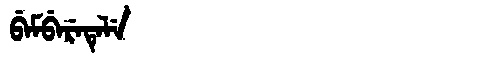
Manchu: ᠪᡝᠮᠪᡝᡵᡝᡨᡝᠯᡝ
Romanization: BEMBERETELE